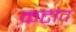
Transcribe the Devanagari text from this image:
कटांव